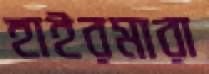
হাইরমারা